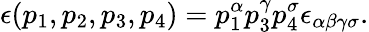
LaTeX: \epsilon(p_{1},p_{2},p_{3},p_{4})=p_{1}^{\alpha}p_{3}^{\gamma}p_{4}^{\sigma}\epsilon_{\alpha\beta\gamma\sigma}.